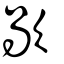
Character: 歄